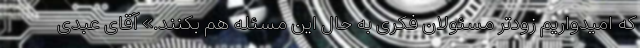
که امیدواریم زودتر مسئولان فکری به حال این مسئله هم بکنند.» آقای عبدی